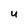
Character: u